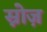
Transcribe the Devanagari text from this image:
स्नोज़